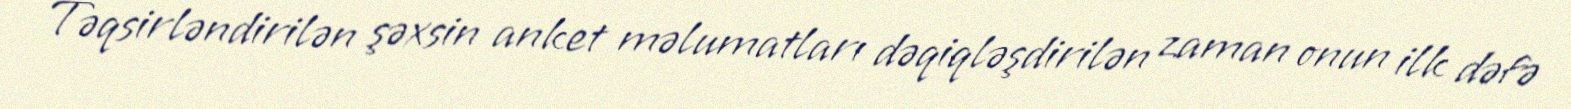
Təqsirləndirilən şəxsin anket məlumatları dəqiqləşdirilən zaman onun ilk dəfə